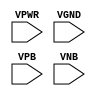
module sky130_fd_sc_hdll__decap (
    VPWR,
    VGND,
    VPB ,
    VNB
);

    input VPWR;
    input VGND;
    input VPB ;
    input VNB ;
endmodule